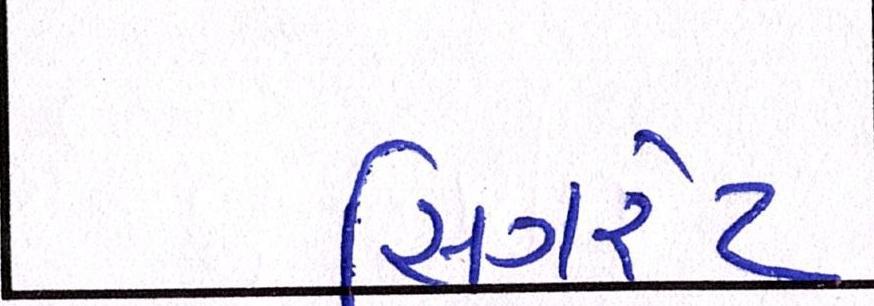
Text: સિગરેટ